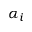
\alpha _ { i }